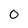
Character: 0